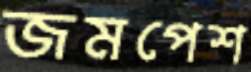
জমপেশ